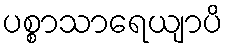
ပစ္စာသာရေယျာပိ